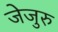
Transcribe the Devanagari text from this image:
जेजुरु